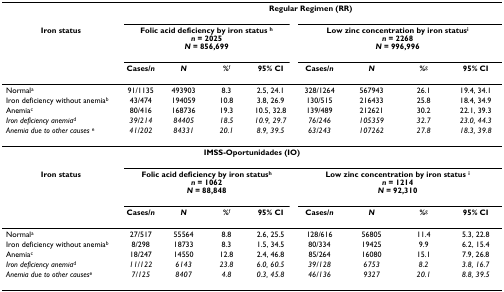
<table><thead><tr><td></td><td colspan="8"><b>Regular Regimen (RR)</b></td></tr><tr><td><b>Iron status</b></td><td colspan="4"><b>Folic acid deficiency by iron status <sup>h</sup><i>n </i>= 2025<i>N </i>= 856,699</b></td><td colspan="4"><b>Low zinc concentration by iron status<sup>i</sup><i>n </i>= 2268<i>N </i>= 996,996</b></td></tr><tr><td></td><td><b>Cases/<i>n</i></b></td><td><b><i>N</i></b></td><td><b>%<sup>f</sup></b></td><td><b>95% CI</b></td><td><b>Cases/<i>n</i></b></td><td><b><i>N</i></b></td><td><b>%<sup>g</sup></b></td><td><b>95% CI</b></td></tr></thead><tbody><tr><td>Normal<sup>a</sup></td><td>91/1135</td><td>493903</td><td>8.3</td><td>2.5, 24.1</td><td>328/1264</td><td>567943</td><td>26.1</td><td>19.4, 34.1</td></tr><tr><td>Iron deficiency without anemia<sup>b</sup></td><td>43/474</td><td>194059</td><td>10.8</td><td>3.8, 26.9</td><td>130/515</td><td>216433</td><td>25.8</td><td>18.4, 34.9</td></tr><tr><td>Anemia<sup>c</sup></td><td>80/416</td><td>168736</td><td>19.3</td><td>10.5, 32.8</td><td>139/489</td><td>212621</td><td>30.2</td><td>22.1, 39.3</td></tr><tr><td><i>Iron deficiency anemia</i><sup>d</sup></td><td><i>39/214</i></td><td><i>84405</i></td><td><i>18.5</i></td><td><i>10.9, 29.7</i></td><td><i>76/246</i></td><td><i>105359</i></td><td><i>32.7</i></td><td><i>23.0, 44.3</i></td></tr><tr><td><i>Anemia due to other causes </i><sup>e</sup></td><td><i>41/202</i></td><td><i>84331</i></td><td><i>20.1</i></td><td><i>8.9, 39.5</i></td><td><i>63/243</i></td><td><i>107262</i></td><td><i>27.8</i></td><td><i>18.3, 39.8</i></td></tr><tr><td colspan="9"><b>IMSS-Oportunidades (IO)</b></td></tr><tr><td><b>Iron status</b></td><td colspan="4"><b>Folic acid deficiency by iron status<sup>h</sup></b><b><i>n </i>= 1062</b><b><i>N </i>= 88,848</b></td><td colspan="4"><b>Low zinc concentration by iron status <sup>i</sup></b><b><i>n </i>= 1214</b><b><i>N </i>= 92,310</b></td></tr><tr><td></td><td><b>Cases/<i>n</i></b></td><td><b><i>N</i></b></td><td><b>%</b><sup>f</sup></td><td><b>95% CI</b></td><td><b>Cases/<i>n</i></b></td><td><b><i>N</i></b></td><td><b>%</b><sup>g</sup></td><td><b>95% CI</b></td></tr><tr><td>Normal<sup>a</sup></td><td>27/517</td><td>55564</td><td>8.8</td><td>2.6, 25.5</td><td>128/616</td><td>56805</td><td>11.4</td><td>5.3, 22.8</td></tr><tr><td>Iron deficiency without anemia<sup>b</sup></td><td>8/298</td><td>18733</td><td>8.3</td><td>1.5, 34.5</td><td>80/334</td><td>19425</td><td>9.9</td><td>6.2, 15.4</td></tr><tr><td>Anemia<sup>c</sup></td><td>18/247</td><td>14550</td><td>12.8</td><td>2.4, 46.8</td><td>85/264</td><td>16080</td><td>15.1</td><td>7.9, 26.8</td></tr><tr><td><i>Iron deficiency anemia</i><sup>d</sup></td><td><i>11/122</i></td><td><i>6143</i></td><td><i>23.8</i></td><td><i>6.0, 60.5</i></td><td><i>39/128</i></td><td><i>6753</i></td><td><i>8.2</i></td><td><i>3.8, 16.7</i></td></tr><tr><td><i>Anemia due to other causes</i><sup>e</sup></td><td><i>7/125</i></td><td><i>8407</i></td><td><i>4.8</i></td><td><i>0.3, 45.8</i></td><td><i>46/136</i></td><td><i>9327</i></td><td><i>20.1</i></td><td><i>8.8, 39.5</i></td></tr></tbody></table>